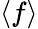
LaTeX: \langle f\rangle